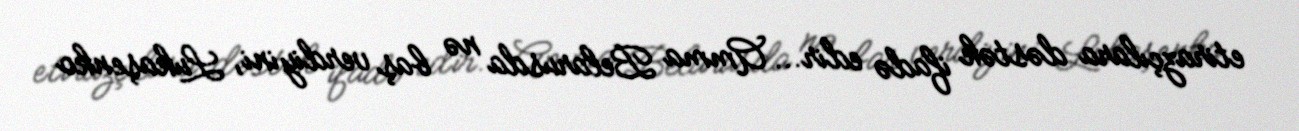
etirazçılara dəstək ifadə edir... Amma Belarusda nə baş verdiyini, Lukaşenko